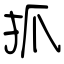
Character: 抓